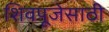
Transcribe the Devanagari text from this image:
शिवपूजेसाठी